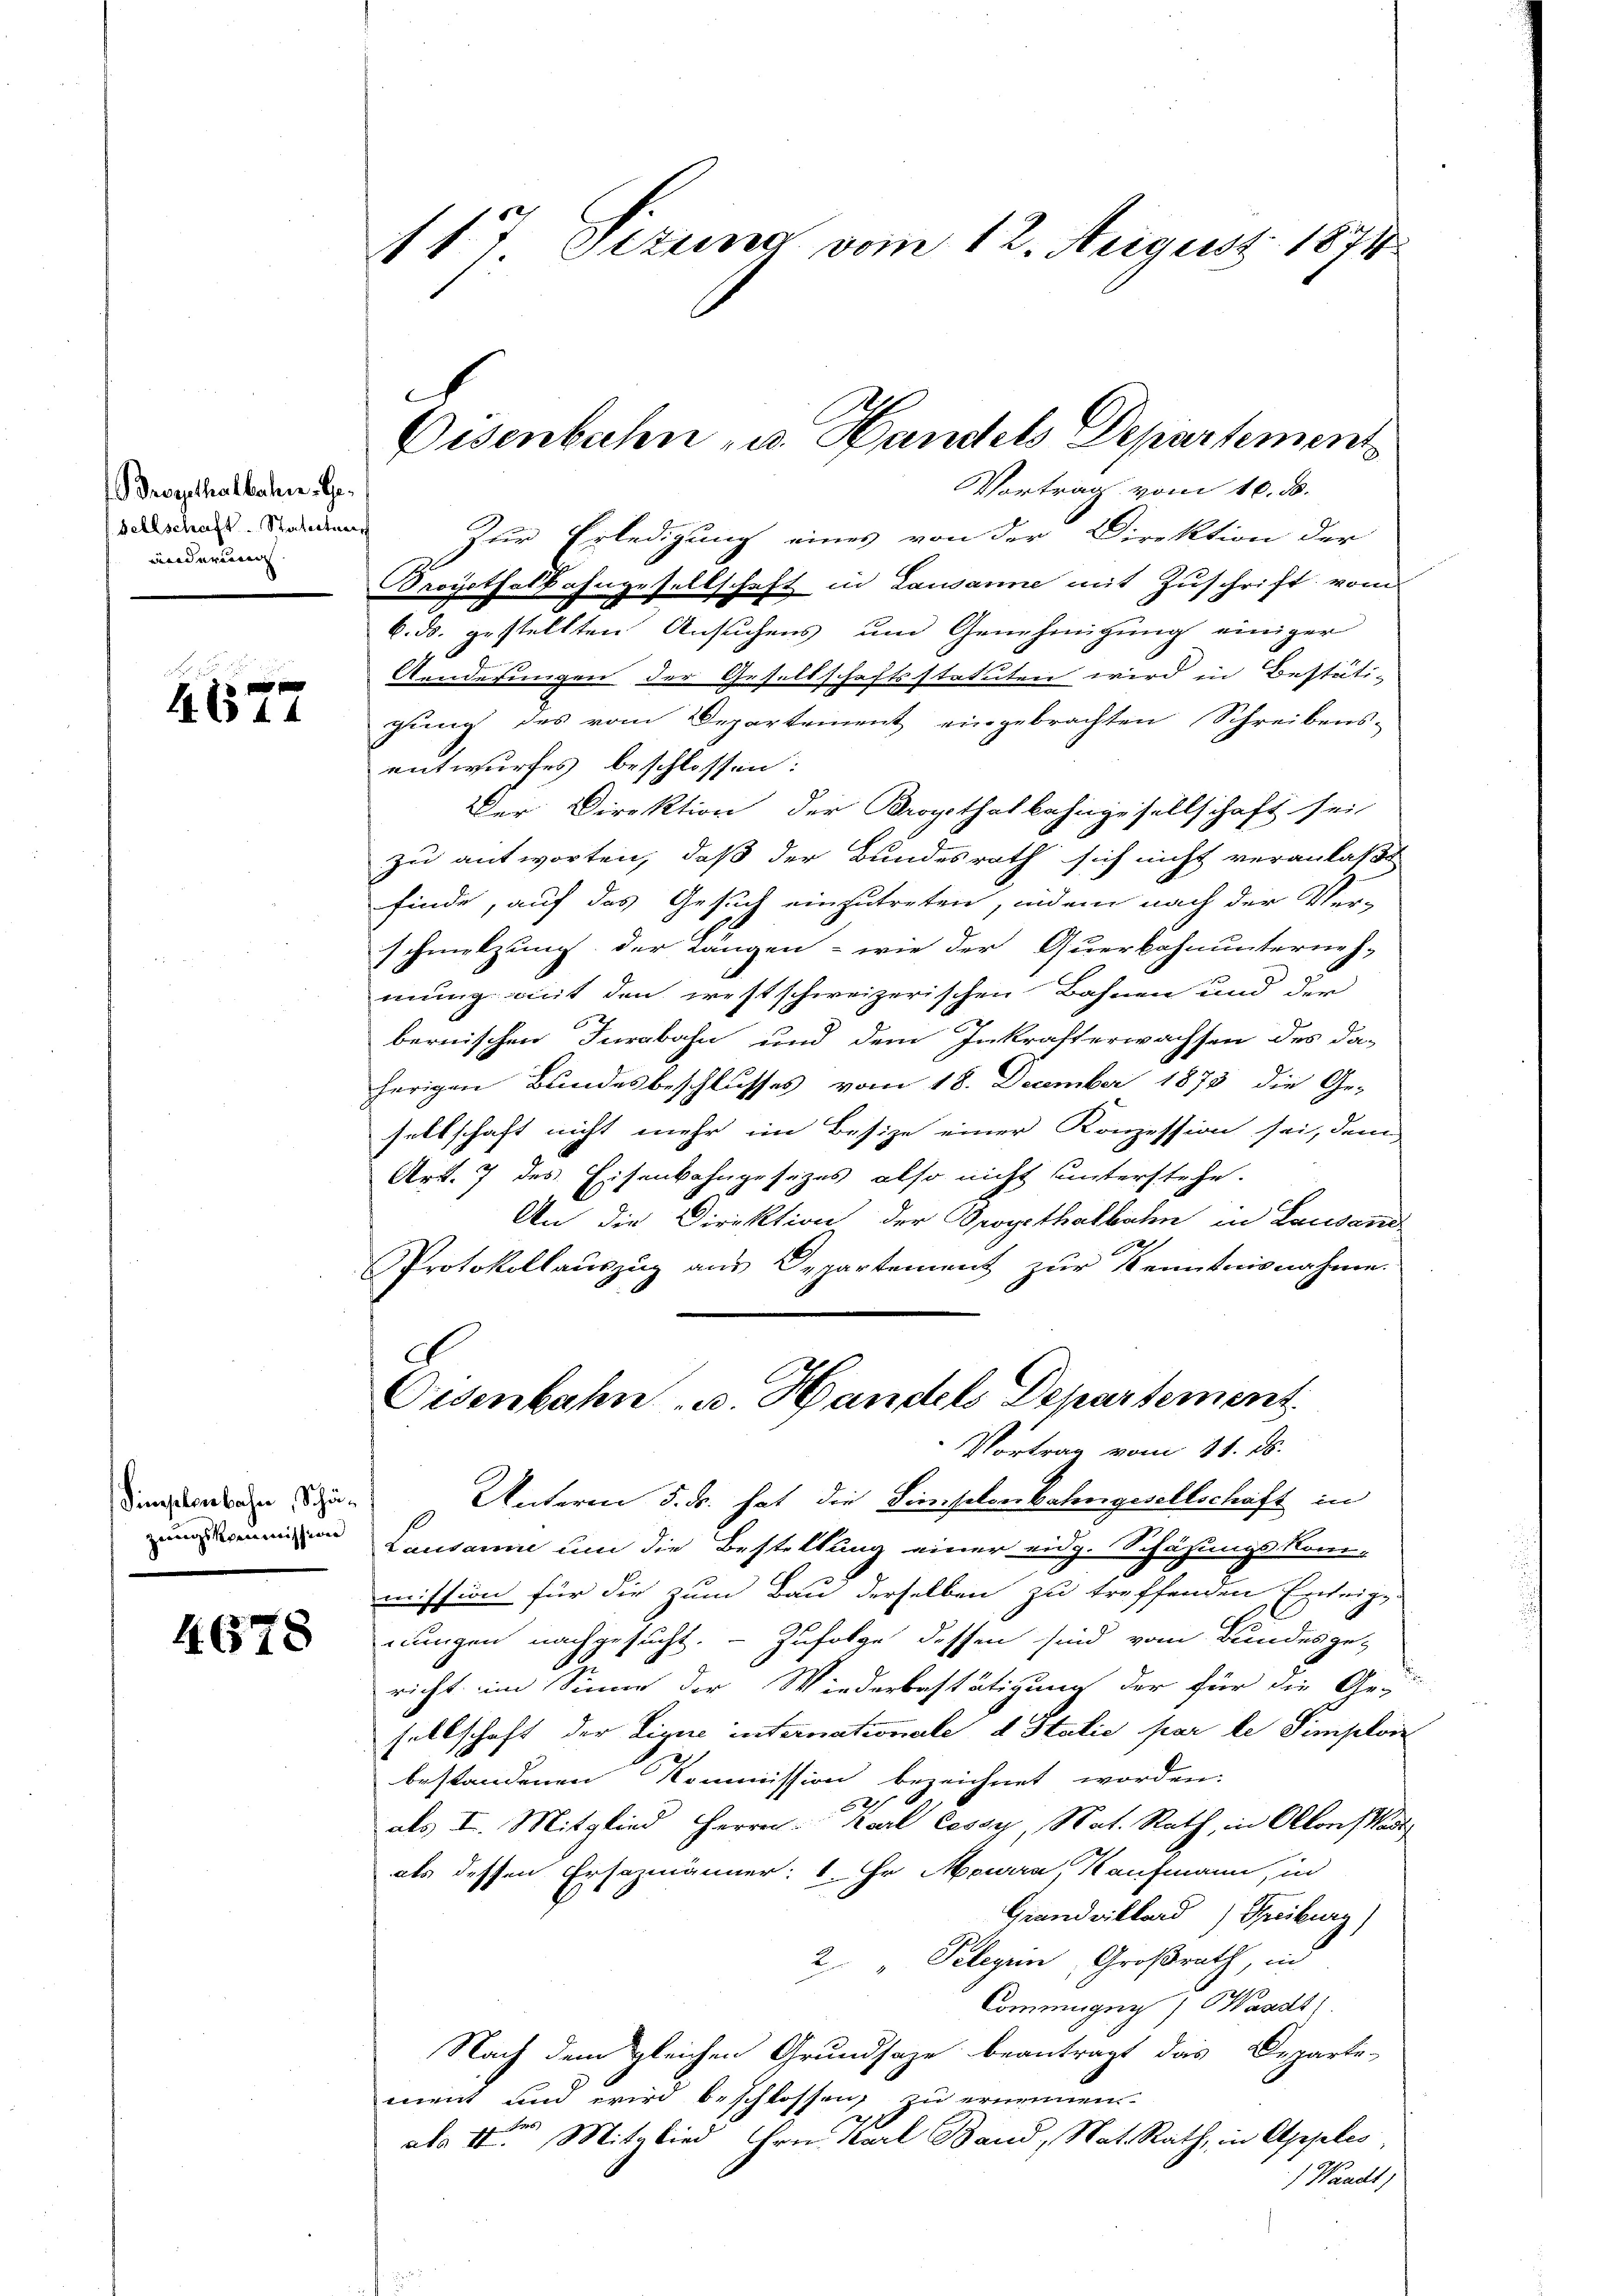
x x
EC44

Simplenbahn, Schä¬

4678

117 Sizung vom 12. August 1874.

roesthalbahre Ge¬
Sellschaft Statortner
ändereinen

Vortrag vom 10. d.
Zur Erledigung eines von der Direktion der
Propsthalbahngesellschaft in Lausanne mit Zuschrift vom
k. ds. gestellten Ansuchens um Genehmigung einiger
Aenderungen der Gesellschaftsstatuten wird in Bestäti-
gung des vom Departement eingebrachten Schreibens-
entwurfes beschlossen:
Der Direktion der Kropithalbahngesellschaft sei,
zu antworten, daß der Bundesrath sich nicht veranlaßt
finde, auf das Gesuch einzutreten, indem nach der Ver-
schmelzung der Längen - wie der Querbahnunterneh-
mung mit den westschweizerischen Bahnen und der
bernischen Jurabahn und dem Inkrafterwachsen des da-
herigen Bundesbeschlusses vom 18. December 1873 die Ge-
sellschaft nicht mehr im Besize einer Konzession sei, dem
Art. 7 des Eisenbahngesezes also nicht unterstehe.
An die Direktion der Droyethalbahn in Lausand
30
Protokollauszug aus Departement zur Kenntnisnahme.
Oedenbahn B. Handels Departement
Vortrag vom 11. ds.
Unterm 5. ds. hat die Dienselenbahngesellschaft in
en Lausanne um die Bestellung einer eidg. Schazungskom-
mission für die zum Bau derselben zu treffenden Enteig-
nungen nachgesucht. - Zufolge dessen sind vom Bundesge-
richt im Sinne der Wiederbestätigung der für die Ge-
sellschaft der Lique internationale d Stalie par le Simpliz
bestandenen Kommission bezeichnet worden.
2

als I. Mitglied Herrn Karl Cessy, Nat. Rath, in Ollons Wass
als dessen Ersazmänner: 1. Hr. Mowa, Kaufmann, in
Grandvillard) Freiburg)
2 " Telegen, Großrath, ind
Commugnn) Waadt)
Nach dem gleichen Grundsaze beantragt das Departe-
ment und wird beschlossen, zu ernennen.
ala IIter Mitglied Hrn. Karl Band, Nat. Rath, in Apples
) Waadt)

C
Disenbahn u. Handels Departement